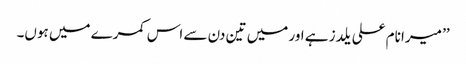
’’ میرا نام علی یلدز ہے اور میں تین دن سے اس کمرے میں ہوں۔